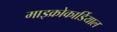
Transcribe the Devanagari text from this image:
माइक्रोकार्डियाल